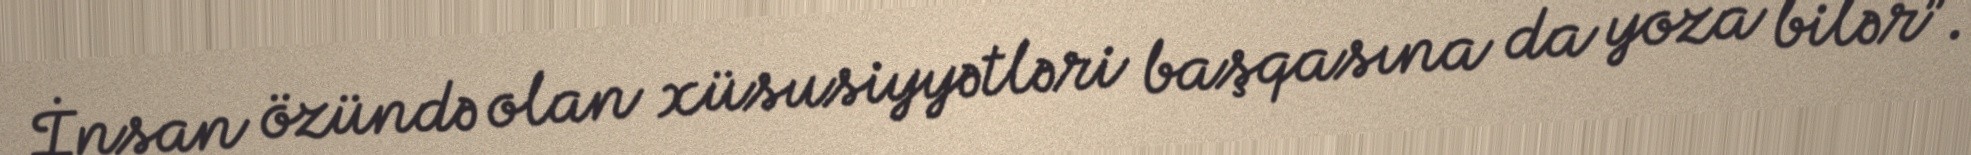
İnsan özündə olan xüsusiyyətləri başqasına da yoza bilər”.